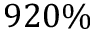
9 2 0 \%